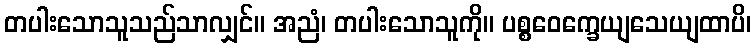
တပါးသောသူသည်သာလျှင်။ အညံ၊ တပါးသောသူကို။ ပစ္စဝေက္ခေယျသေယျထာပိ၊